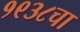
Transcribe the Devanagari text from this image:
१९३८चा